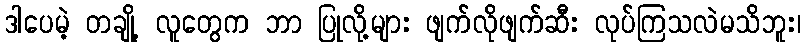
ဒါပေမဲ့ တချို့ လူတွေက ဘာ ပြုလို့များ ဖျက်လိုဖျက်ဆီး လုပ်ကြသလဲမသိဘူး၊